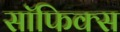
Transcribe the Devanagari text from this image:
सॉफिक्स